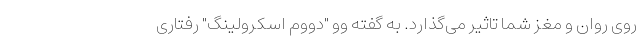
روی روان و مغز شما تاثیر می‌گذارد. به گفته وو "دووم اسکرولینگ" رفتاری